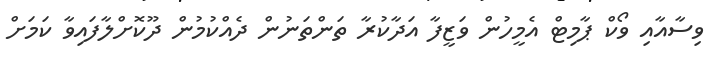
ވިސާއާއި ވޯކް ޕާމިޓް އެމީހުން ވަޒީފާ އަދާކުރާ ތަންތަނުން ދެއްކުމުން ދޫކޮށްލާފައިވާ ކަމަށް